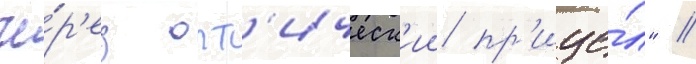
че́р'ез опт'ическ'ии пр'ице́л" //